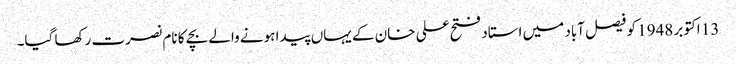
13 اکتوبر 1948 کو فیصل آباد میں استاد فتح علی خان کے یہاں پیدا ہونے والے بچے کا نام نصرت رکھا گیا۔